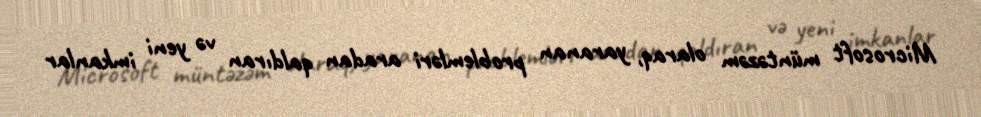
Microsoft müntəzəm olaraq, yaranan problemləri aradan qaldıran və yeni imkanlar